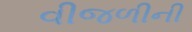
વીજળીની